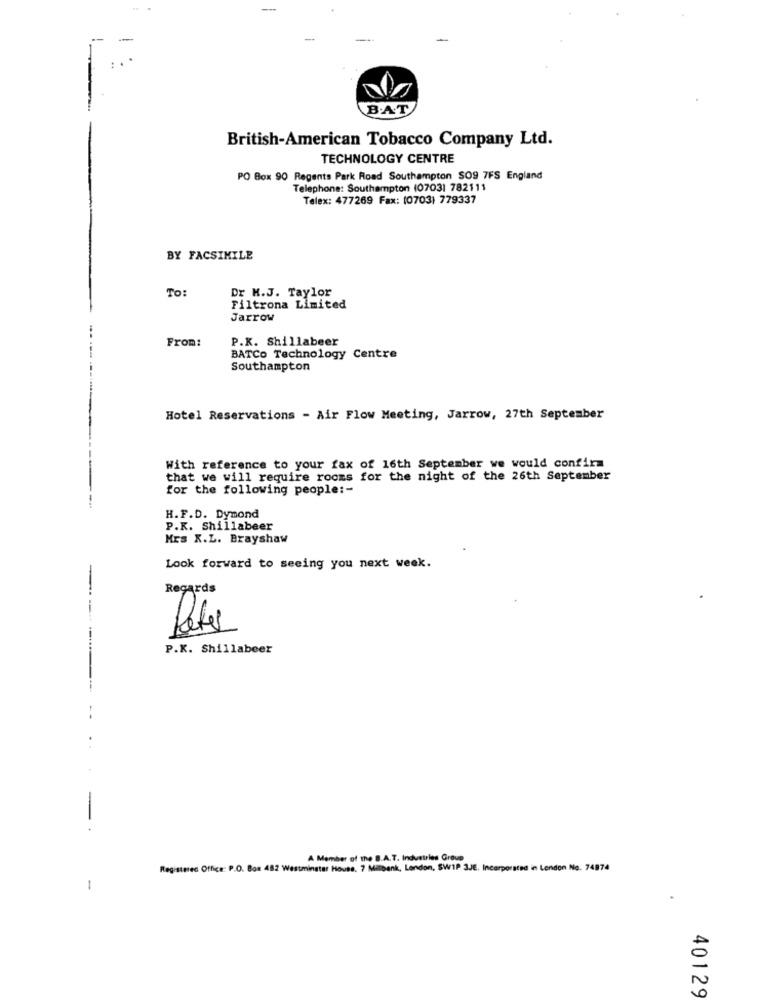
-
-
BAT
British-American Tobacco Company Ltd.
TECHNOLOGY CENTRE
PO Box 90 Regents Park Road Southampton SO9 7FS England
Telephone: Southampton (07031 782111
Telex: 477269 Fax: (0703) 779337
BY FACSIMILE
To:
Dr M.J. Taylor
Filtrona Limited
Jarrow
From:
P.K. Shillabeer
BATCO Technology Centre
Southampton
Hotel Reservations - Air Flow Meeting, Jarrow, 27th September
With reference to your fax of 16th September we would confirm
that we will require rooms for the night of the 26th September
for the following people :-
H.F.D. Dymond
P.K. Shillabeer
Mrs X.L. Brayshaw
Look forward to seeing you next week.
Regards
Peter
P.K. Shillabeer
----
..
-
A Member of the B.A.T. Industries Group
Registered Office: P.O. Bon 482 Westminster House. 7 Milbank, London, SWIP 3JE. Incorporated in London No. 74974
-
40129